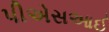
પીએસઆઈ